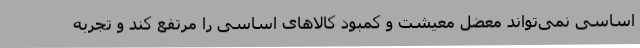
اساسی نمی‌تواند معضل معیشت و کمبود کالاهای اساسی را مرتفع کند و تجربه